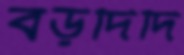
বড়দিদি